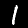
Label: 1